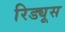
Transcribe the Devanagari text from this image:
रिड्यूस